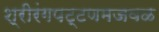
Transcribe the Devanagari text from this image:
श्रीरंगपट्टणमजवळ